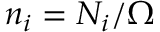
n _ { i } = N _ { i } / \Omega